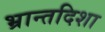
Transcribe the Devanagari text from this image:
भ्रान्तदिशा